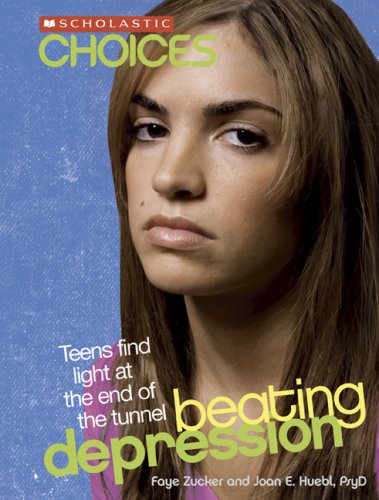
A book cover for Beating Depression: Teens Find Light at the End of the Tunnel (Scholastic Choices); Faye Zucker; Teen & Young Adult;